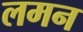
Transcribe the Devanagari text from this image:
लमन